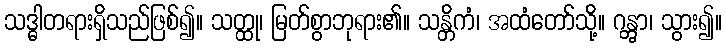
သဒ္ဓါတရားရှိသည်ဖြစ်၍။ သတ္ထု၊ မြတ်စွာဘုရား၏။ သန္တိကံ၊ အထံတော်သို့။ ဂန္တွာ၊ သွား၍။